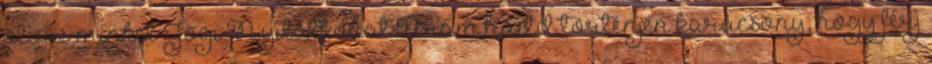
olvas minket Jogi Nyilatkozat Uram,hadd történjen karácsony, hogy férj